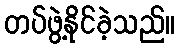
တပ်ဖွဲ့နိုင်ခဲ့သည်။